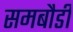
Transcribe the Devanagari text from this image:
समबौडी